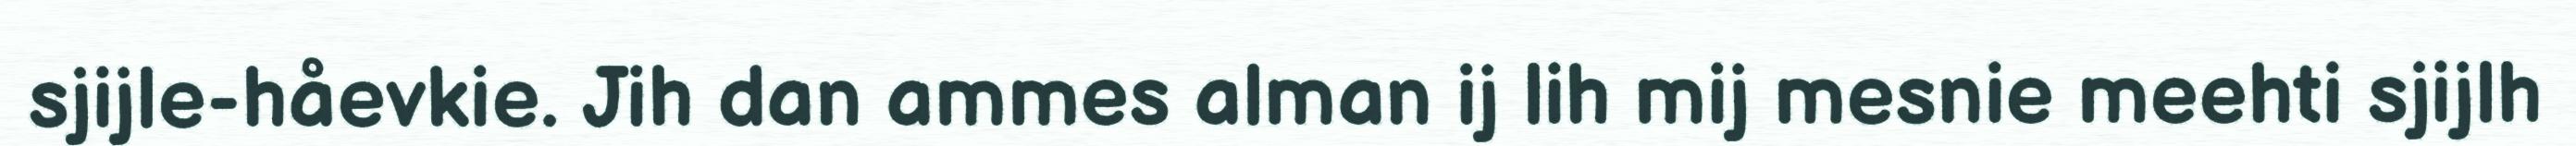
sjijle-håevkie. Jih dan ammes alman ij lih mij mesnie meehti sjijlh